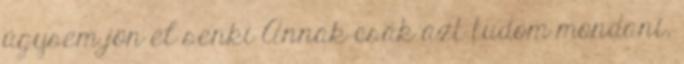
úgysem jön el senki Annak csak azt tudom mondani,